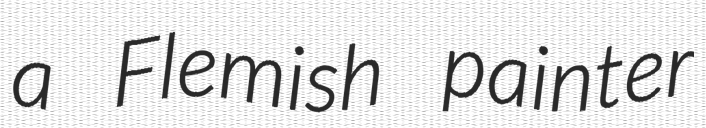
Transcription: a Flemish painter